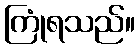
ကြုံရသည်။